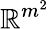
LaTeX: \mathbb{R}^{m^{2}}